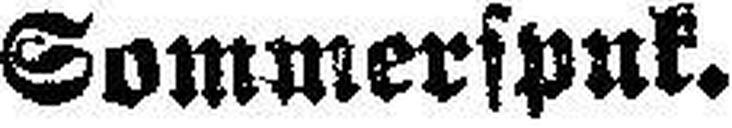
Sommerspuk.